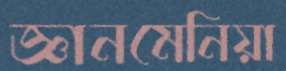
জ্ঞানমেনিয়া